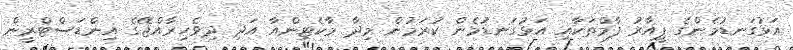
އަޅުގަނޑުމެންގެ ޕީއާރު ފާމްތަކާއި އަޅުގަނޑުމެން ކުރަމުން މިދާ މާކެޓިންއާ އަދި ދިވެހިރާއްޖޭގެ އިންޑަސްޓްރީން